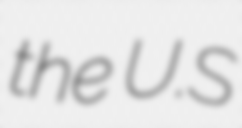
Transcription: the U.S